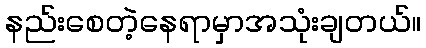
နည်းစေတဲ့နေရာမှာအသုံးချတယ်။